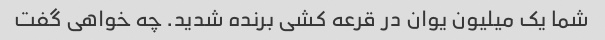
شما یک میلیون یوان در قرعه کشی برنده شدید. چه خواهی گفت